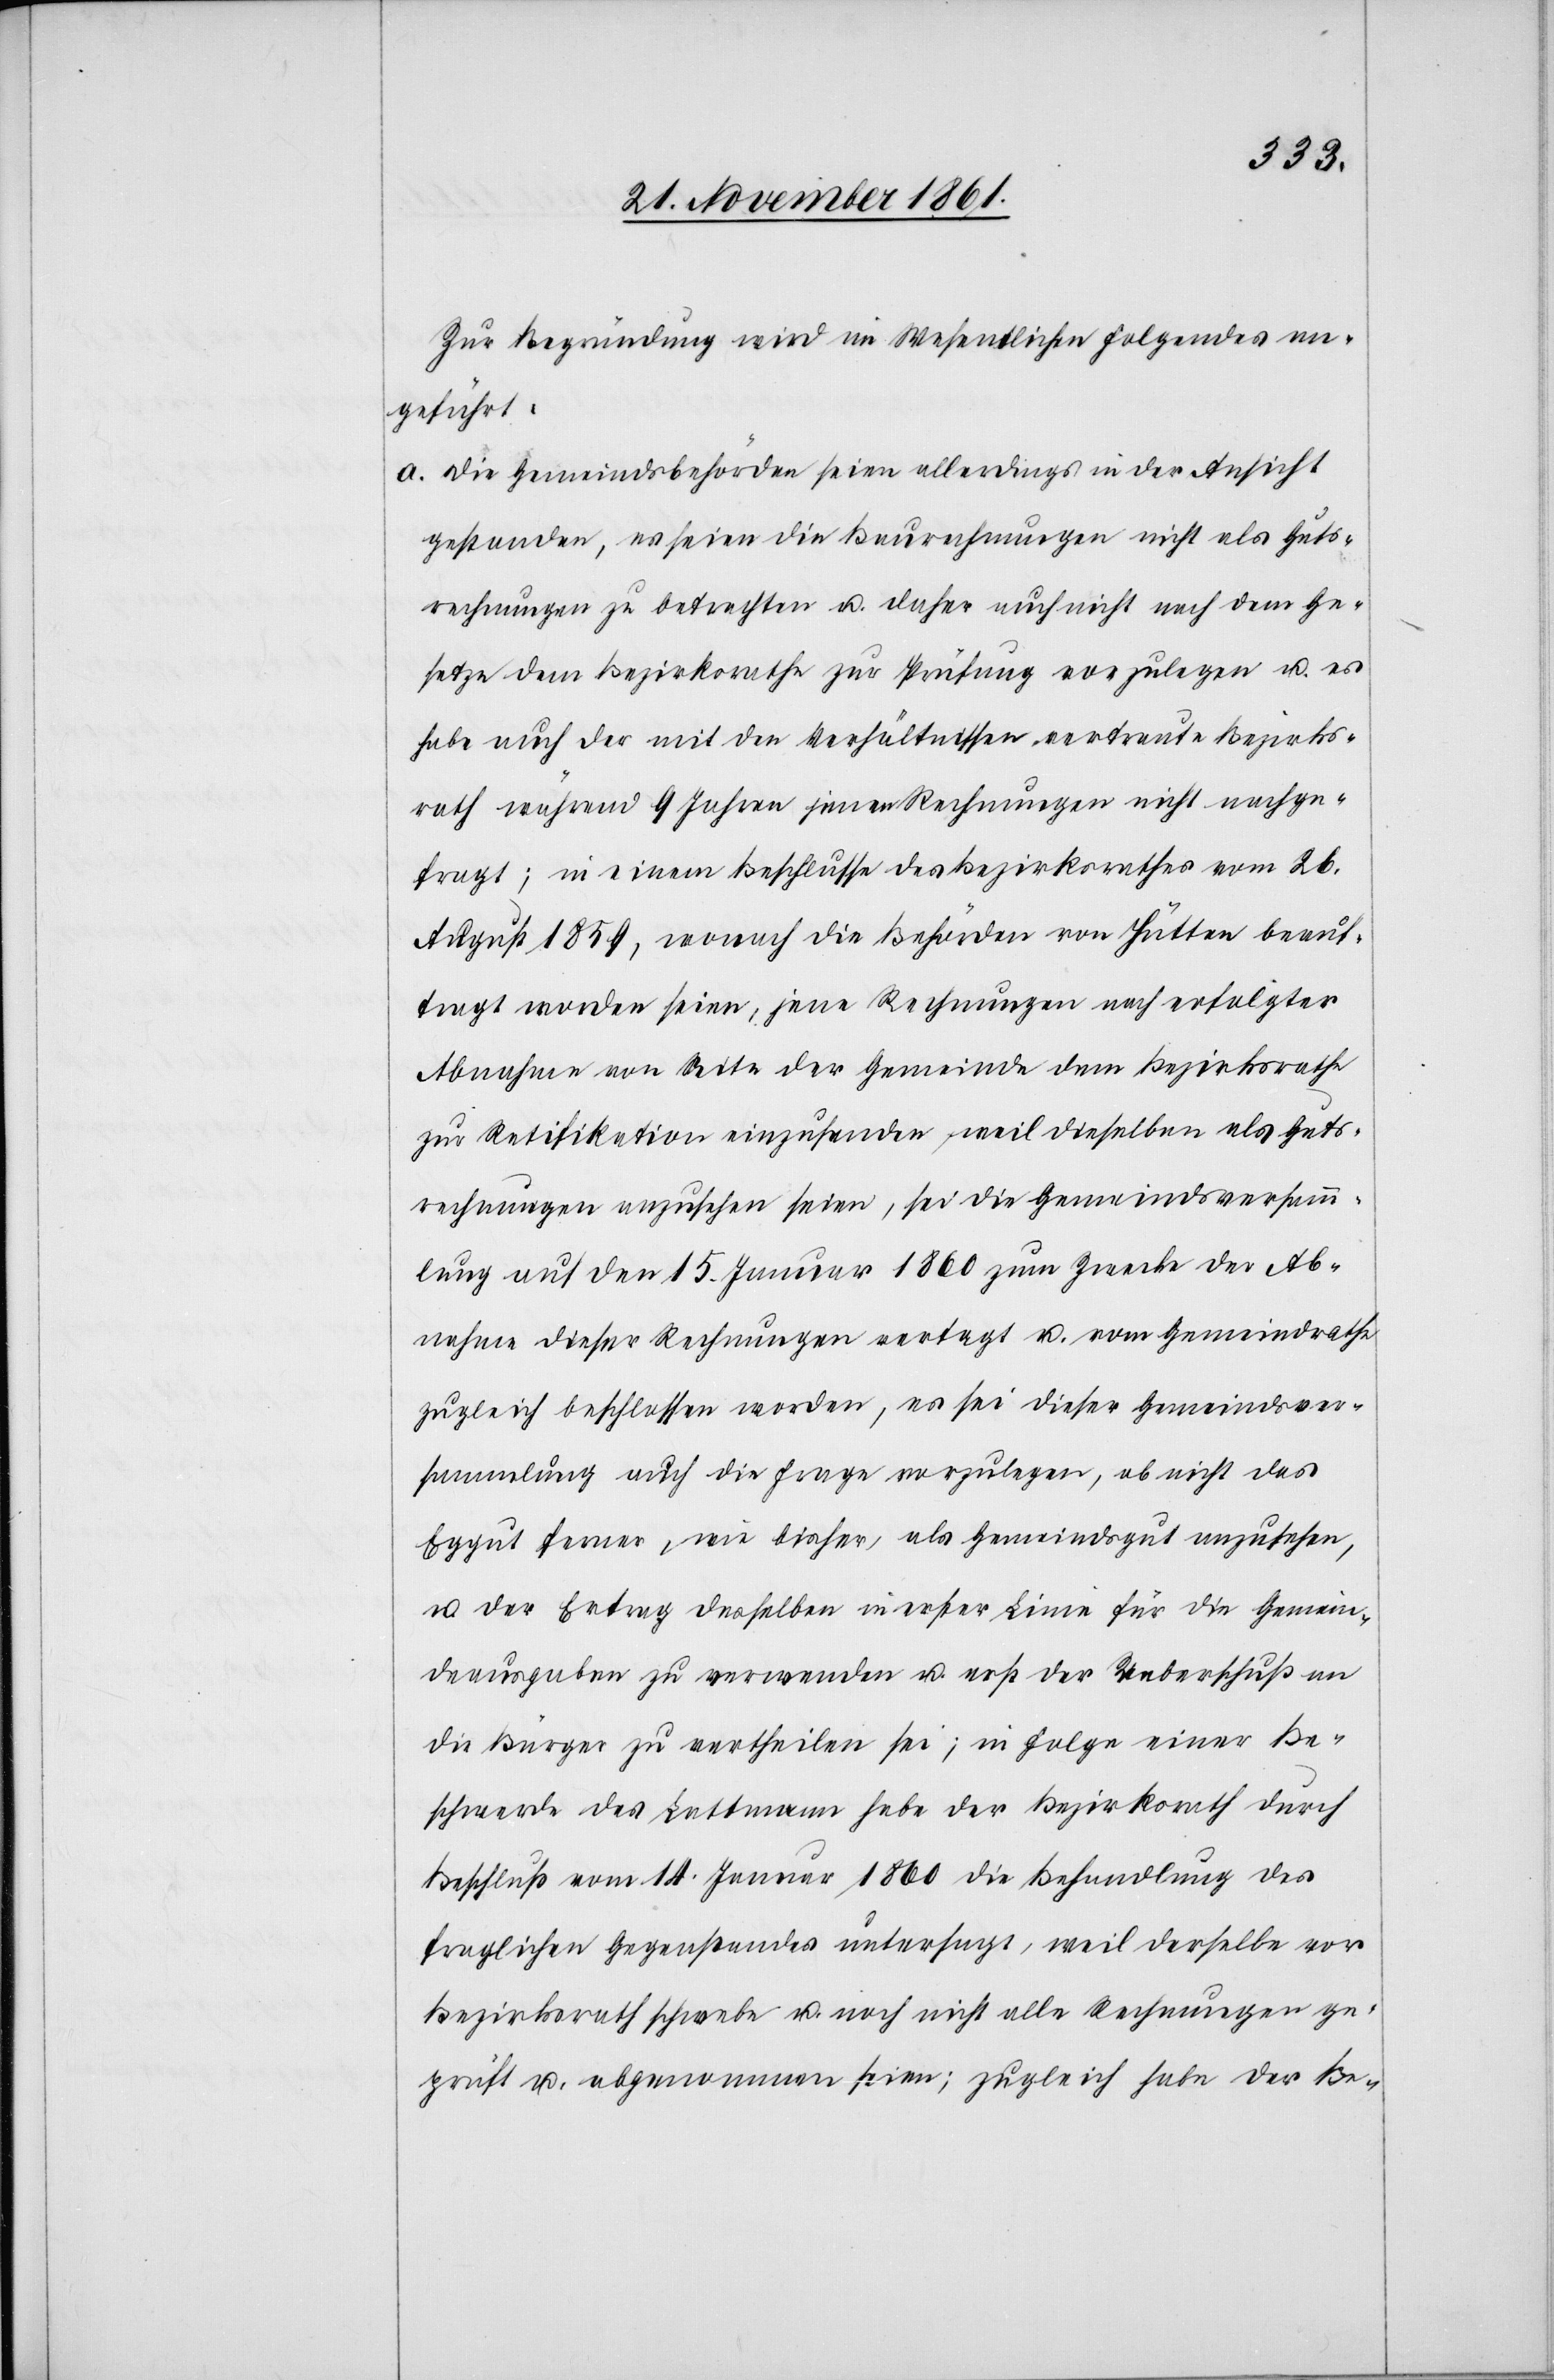
Zur Begründung wird im Wesentlichen Folgendes an¬
geführt:
a. Die Gemeindsbehörden seien allerdings in der Ansicht
gestanden, es seien die Baurechnungen nicht als Guts¬
rechnungen zu betrachten u. daher auch nicht nach dem Ge¬
setze dem Bezirksrathe zur Prüfung vorzulegen u. es
habe auch der mit den Verhältnissen vertraute Bezirks¬
rath während 9 Jahren jenen Rechnungen nicht nachge¬
fragt; in einem Beschlusse des Bezirksrathes vom 26
August 1859, wonach die Behörden von Hütten beauf¬
tragt worden seien, jene Rechnungen nach erfolgter
Abnahme von Seite der Gemeinde dem Bezirksrathe
zur Ratifikation einzusenden, weil dieselben als Guts¬
rechnungen anzusehen seien, sei die Gemeindsversamm¬
lung auf den 15 Januar 1860 zum Zwecke der Ab¬
nahme dieser Rechnung vertagt u. vom Gemeindrathe
zugleich beschlossen worden, es sei dieser Gemeindsver¬
sammlung auch die Frage vorzulegen, ob nicht das
Eggut ferner, wie bisher, als Gemeindsgut anzusehen,
u. der Ertrag desselben in erster Linie für die Gemein¬
deausgaben zu verwenden u. erst der Ueberschuß an
die Bürger zu vertheilen sei, in Folge einer Be¬
schwerde des Lattmann habe der Bezirksrath durch
Beschluß vom 14 Januar 1860 die Behandlung des
fraglichen Gegenstandes untersagt, weil derselbe vor
Bezirksrath schwebe u. noch nicht alle Rechnungen ge¬
prüft u. abgenommen seien; zugleich habe der Be-